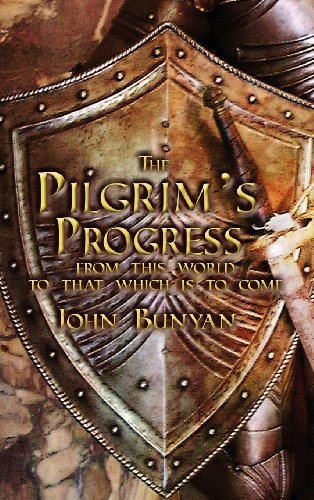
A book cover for The Pilgrim's Progress: Both Parts and with Original Illustrations; John Bunyan; Test Preparation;